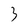
Character: 3